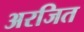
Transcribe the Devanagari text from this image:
अरजित